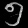
Digit: ၅